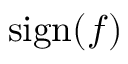
\mathrm { s i g n } ( f )